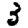
Digit: 3